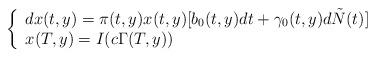
LaTeX: \begin{align*} \left\{ \begin{array}{lr}dx(t,y)=\pi(t,y)x(t,y)[b_0(t,y)dt+\gamma_0(t,y)d\tilde{N}(t)]\\x(T,y)=I(c\Gamma(T,y)) \end{array} \right.\end{align*}